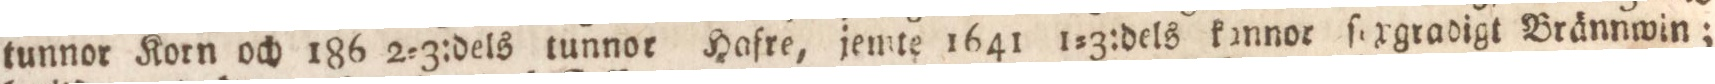
tunnor Korn och 186 2=3:dels tunnor Hafre, jemte 1641 1=3:dels kannor ſexgradigt Brännwin;